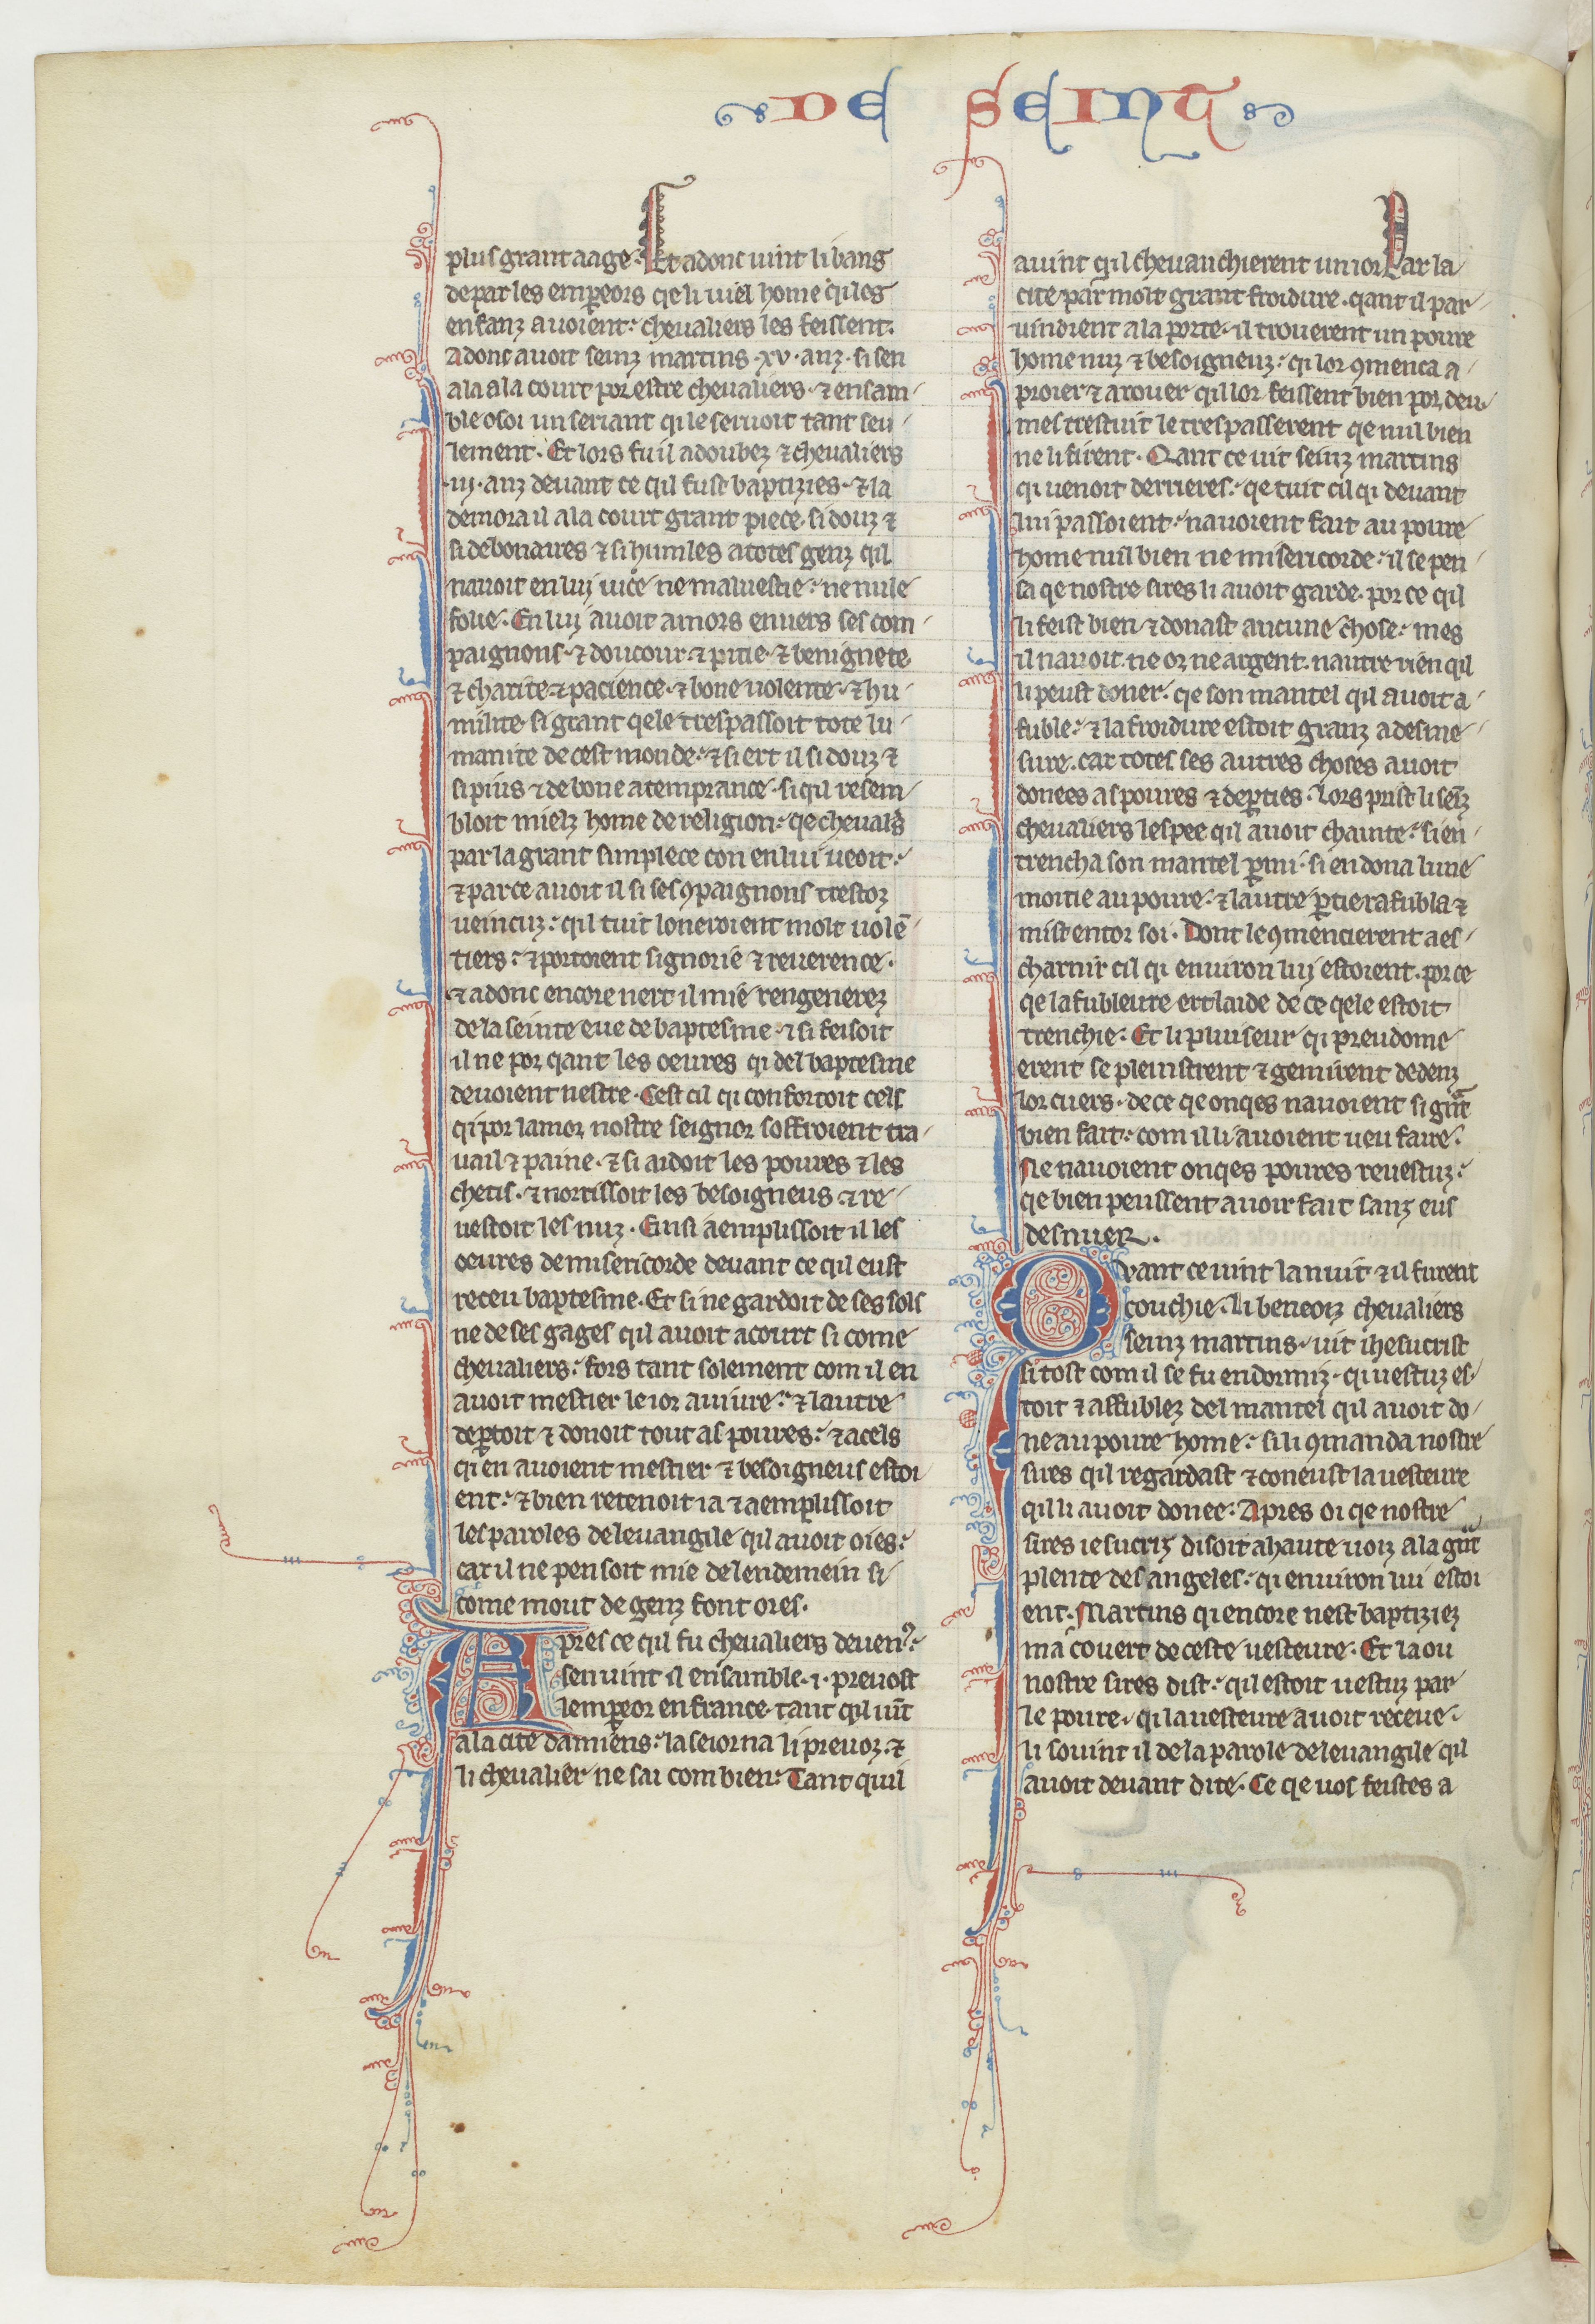
Shelfmark: Paris, BnF, fr. 412
Century: 13